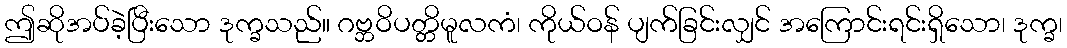
ဤဆိုအပ်ခဲ့ပြီးသော ဒုက္ခသည်။ ဂဗ္ဘဝိပတ္တိမူလကံ၊ ကိုယ်ဝန် ပျက်ခြင်းလျှင် အကြောင်းရင်းရှိသော၊ ဒုက္ခ၊